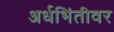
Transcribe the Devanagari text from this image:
अर्धभिंतीवर